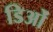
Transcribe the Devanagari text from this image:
डिओं